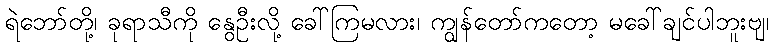
ရဲဘော်တို့၊ ခုရာသီကို နွေဦးလို့ ခေါ်ကြမလား၊ ကျွန်တော်ကတော့ မခေါ်ချင်ပါဘူးဗျ၊